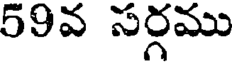
59వ సర్గము